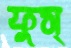
ফুস্